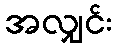
အလျှင်း